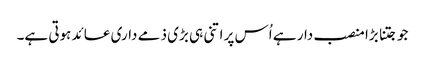
جو جتنا بڑا منصب دار ہے اُس پر اتنی ہی بڑی ذمے داری عائد ہوتی ہے۔